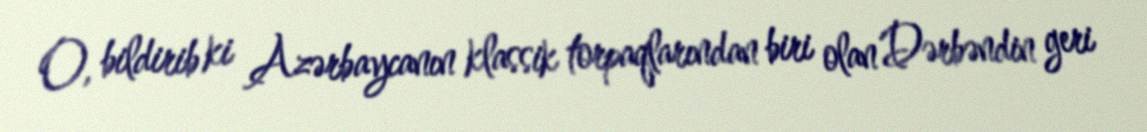
O, bildirib ki Azərbaycanın klassik torpaqlarından biri olan Dərbəndin geri